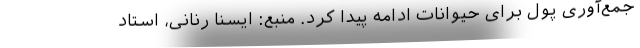
جمع‌آوری پول برای حیوانات ادامه پیدا کرد. منبع: ایسنا رنانی، استاد